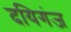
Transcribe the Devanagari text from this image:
दयिगंज